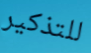
للتذكير